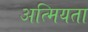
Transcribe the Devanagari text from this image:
अत्मियता